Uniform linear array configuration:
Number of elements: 24
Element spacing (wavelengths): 0.5
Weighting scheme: hamming
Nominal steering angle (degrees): -60
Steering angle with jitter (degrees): -59.198
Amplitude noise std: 0.05
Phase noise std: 0.05

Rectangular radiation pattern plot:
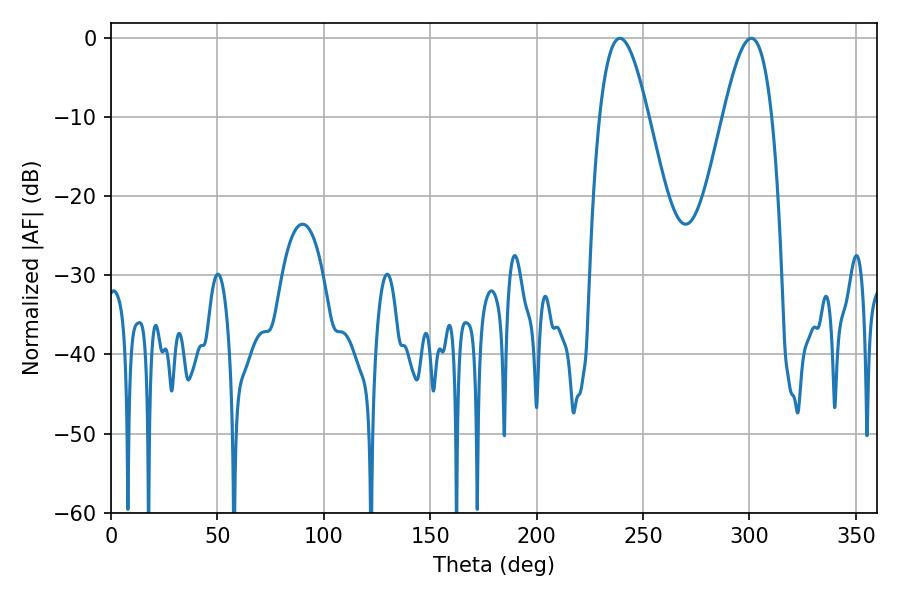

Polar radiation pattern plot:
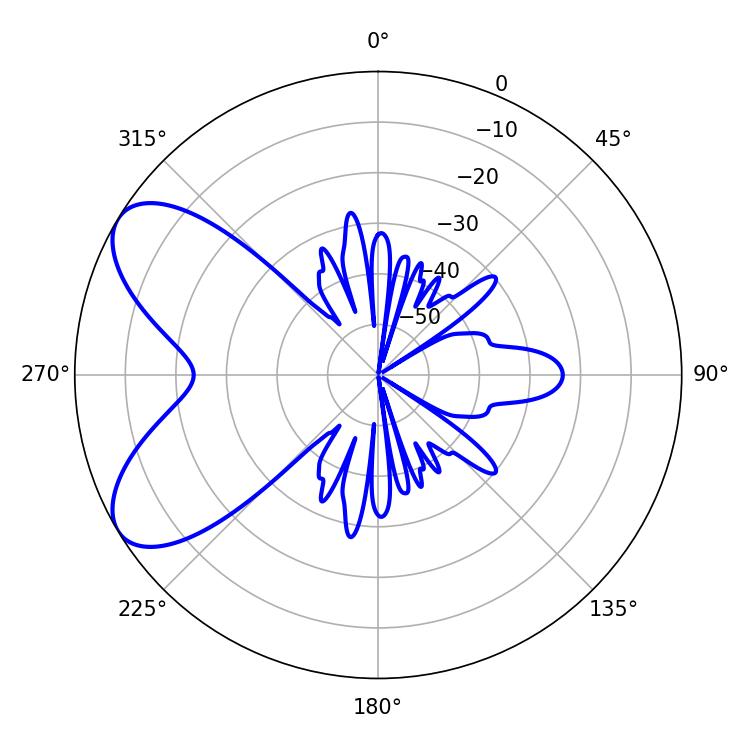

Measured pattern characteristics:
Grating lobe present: FALSE
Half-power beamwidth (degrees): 12.42
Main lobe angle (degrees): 300.96